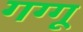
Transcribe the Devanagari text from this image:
गग्गू